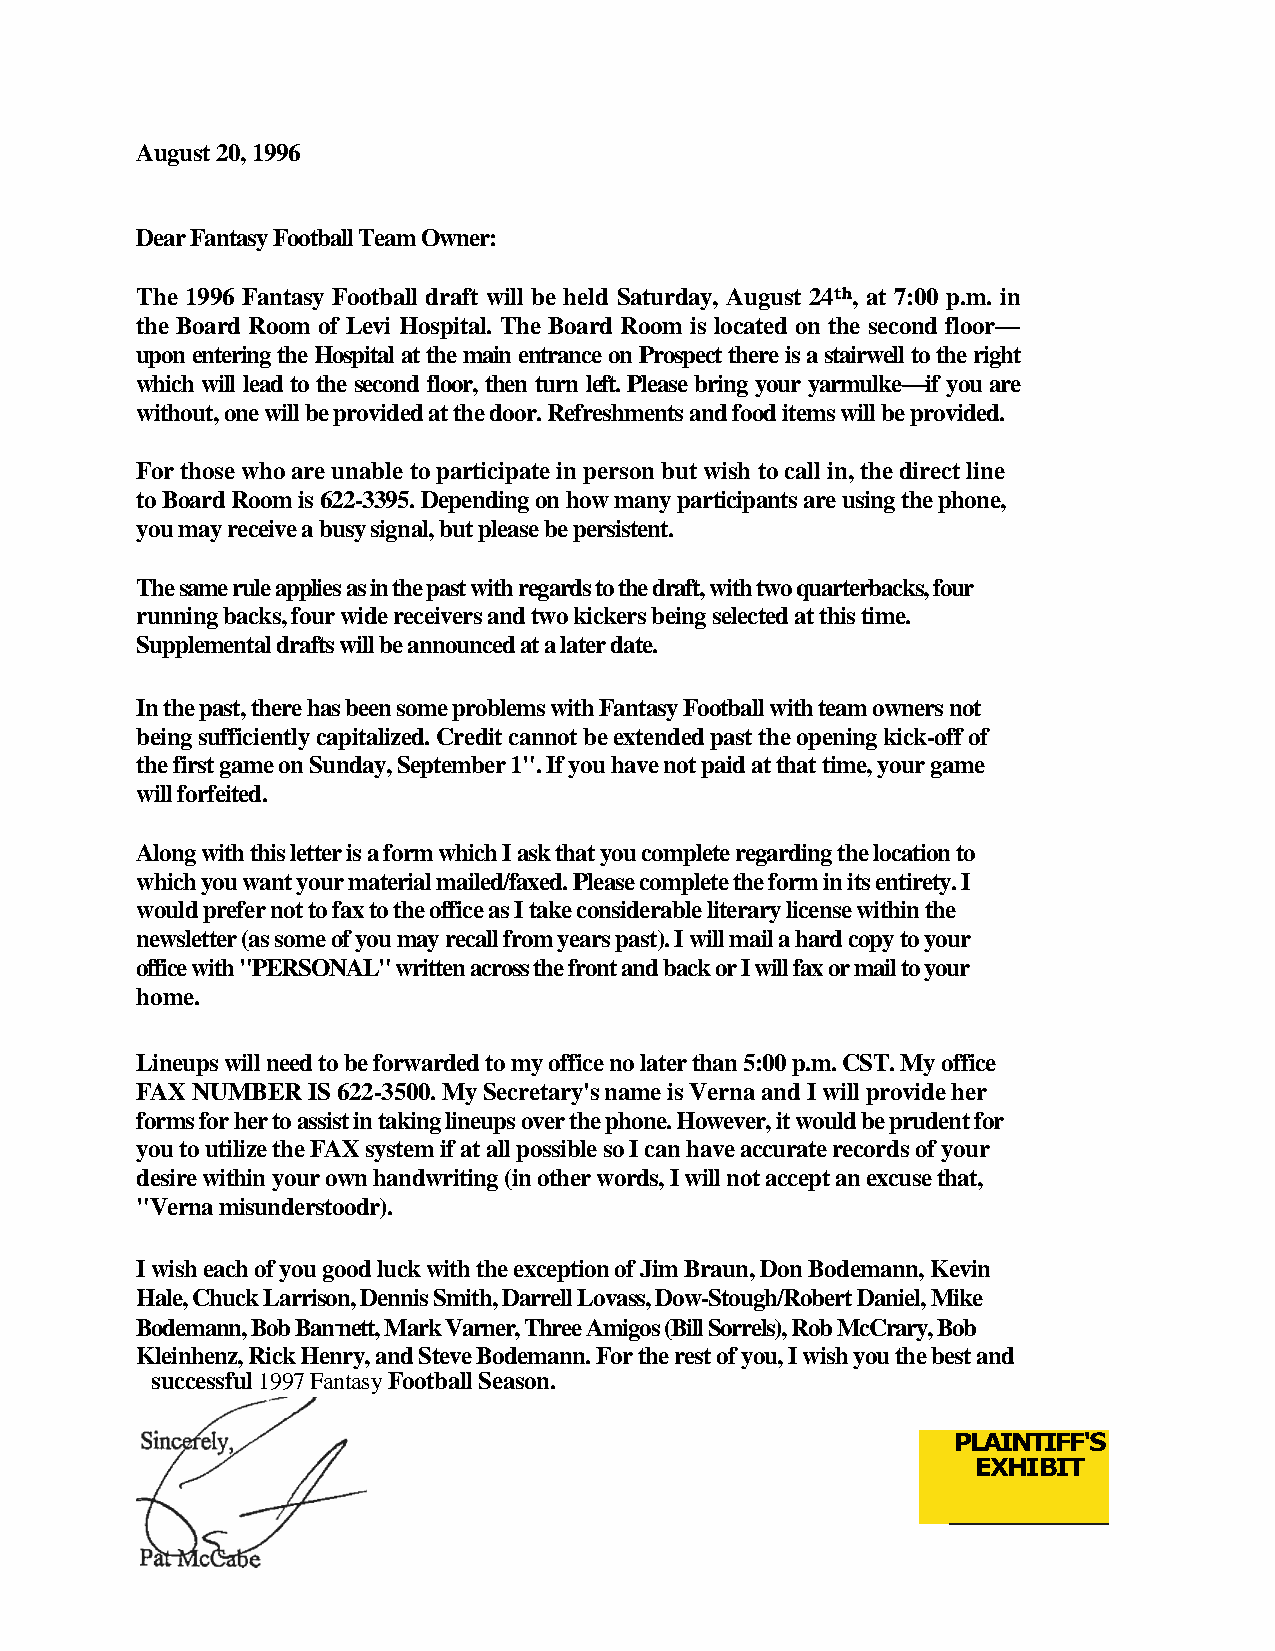
August 20, 1996
 Dear Fantasy Football Team Owner:
 The 1996 Fantasy Football draft will be held Saturday, August 24th, at 7:00 p.m. in
 the Board Room of Levi Hospital. The Board Room is located on the second floor—
 upon entering the Hospital at the main entrance on Prospect there is a stairwell to the right
 which will lead to the second floor, then turn left. Please bring your yarmulke—if you are
 without, one will be provided at the door. Refreshments and food items will be provided.
 For those who are unable to participate in person but wish to call in, the direct line
 to Board Room is 622-3395. Depending on how many participants are using the phone,
 you may receive a busy signal, but please be persistent.
 The same rule applies as in the past with regards to the draft, with two quarterbacks, four
 running backs, four wide receivers and two kickers being selected at this time.
 Supplemental drafts will be announced at a later date.
 In the past, there has been some problems with Fantasy Football with team owners not
 being sufficiently capitalized. Credit cannot be extended past the opening kick-off of
 the first game on Sunday, September 1". If you have not paid at that time, your game
 will forfeited.
 Along with this letter is a form which I ask that you complete regarding the location to
 which you want your material mailed/faxed. Please complete the form in its entirety. I
 would prefer not to fax to the office as I take considerable literary license within the
 newsletter (as some of you may recall from years past). I will mail a hard copy to your
 office with "PERSONAL" written across the front and back or I will fax or mail to your
 home.
 Lineups will need to be forwarded to my office no later than 5:00 p.m. CST. My office
 FAX NUMBER IS 622-3500. My Secretary's name is Verna and I will provide her
 forms for her to assist in taking lineups over the phone. However, it would be prudent for
 you to utilize the FAX system if at all possible so I can have accurate records of your
 desire within your own handwriting (in other words, I will not accept an excuse that,
 "Verna misunderstoodr).
 I wish each of you good luck with the exception of Jim Braun, Don Bodemann, Kevin
 Hale, Chuck Larrison, Dennis Smith, Darrell Lovass, Dow-Stough/Robert Daniel, Mike
 Bodemann, Bob Ban-nett, Mark Varner, Three Amigos (Bill Sorrels), Rob McCrary, Bob
 Kleinhenz, Rick Henry, and Steve Bodemann. For the rest of you, I wish you the best and
 successful 1997 Fantasy Football Season.
 PLAINTIFF'S
 EXHIBIT